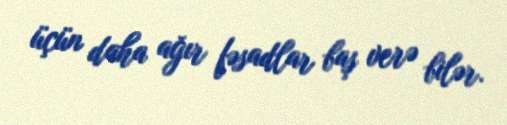
üçün daha ağır fəsadlar baş verə bilər.